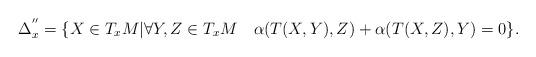
LaTeX: \begin{align*}\Delta_{x}^{''}=\{X\in T_{x}M| \forall Y,Z\in T_{x}M\quad\alpha(T(X,Y),Z)+\alpha(T(X,Z),Y)=0\}.\end{align*}